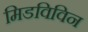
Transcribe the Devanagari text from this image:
मिडविविन